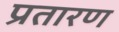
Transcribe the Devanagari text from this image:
प्रतारण